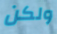
ولكن